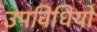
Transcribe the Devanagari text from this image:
उपविधियों